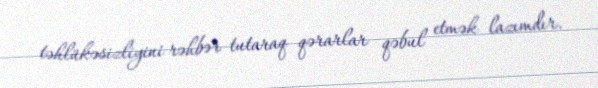
təhlükəsizliyini rəhbər tutaraq qərarlar qəbul etmək lazımdır.